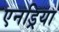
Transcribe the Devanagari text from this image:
एनड्रिया